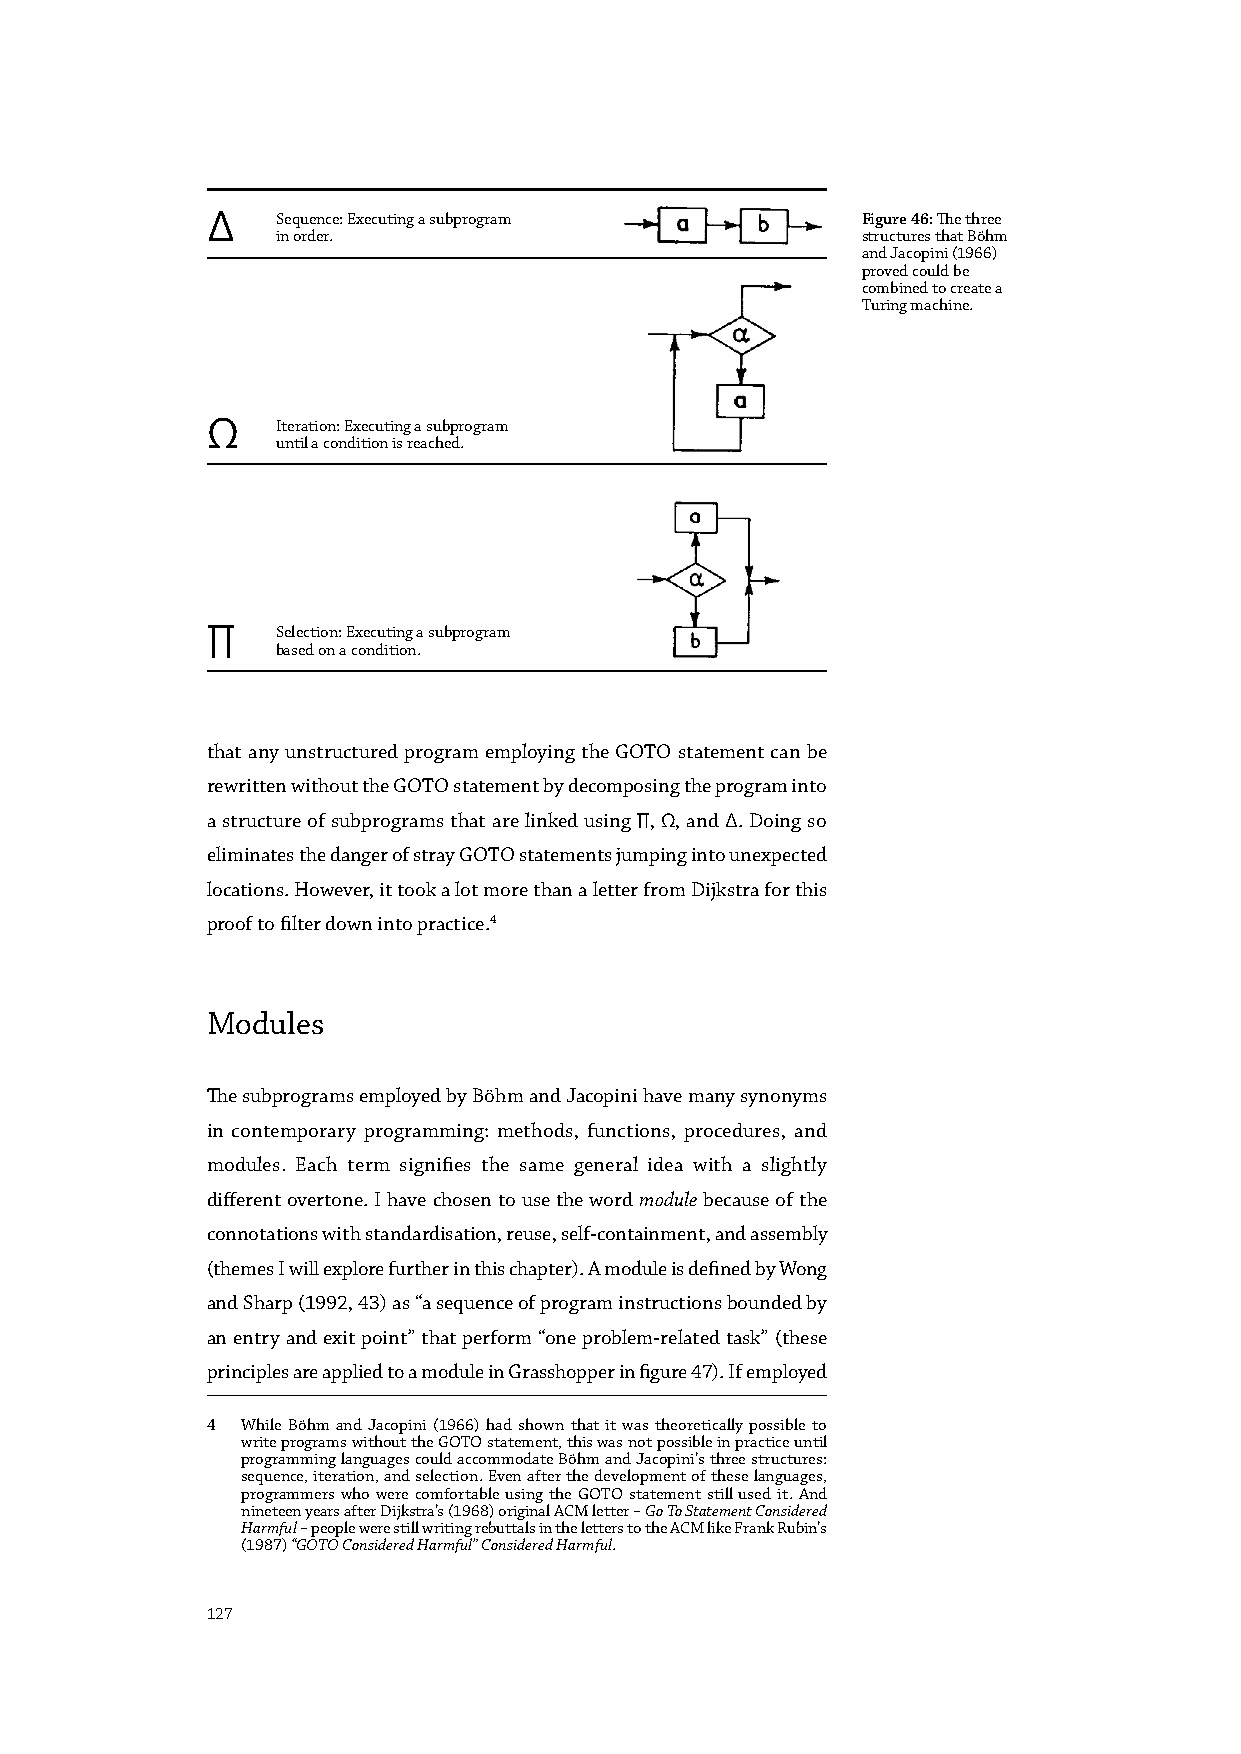
∆   Sequence: Executing a subprogram       Figure 46: The three
 in order.                              structures that Böhm
 and Jacopini (1966)
 proved could be
 combined to create a
 Turing machine.
 Ω   Iteration: Executing a subprogram
 until a condition is reached.
 ∏   Selection: Executing a subprogram
 based on a condition.
 that any unstructured program employing the GOTO statement can be
 rewritten without the GOTO statement by decomposing the program into
 a structure of subprograms that are linked using ∏, Ω, and ∆. Doing so
 eliminates the danger of stray GOTO statements jumping into unexpected
 locations. However, it took a lot more than a letter from Dijkstra for this
 proof to filter down into practice.4
 Modules
 The subprograms employed by Böhm and Jacopini have many synonyms
 in contemporary programming: methods, functions, procedures, and
 modules. Each term signifies the same general idea with a slightly
 different overtone. I have chosen to use the word module because of the
 connotations with standardisation, reuse, self-containment, and assembly
 (themes I will explore further in this chapter). A module is defined by Wong
 and Sharp (1992, 43) as “a sequence of program instructions bounded by
 an entry and exit point” that perform “one problem-related task” (these
 principles are applied to a module in Grasshopper in figure 47). If employed
 4 While Böhm and Jacopini (1966) had shown that it was theoretically possible to
 write programs without the GOTO statement, this was not possible in practice until
 programming languages could accommodate Böhm and Jacopini’s three structures:
 sequence, iteration, and selection. Even after the development of these languages,
 programmers who were comfortable using the GOTO statement still used it. And
 nineteen years after Dijkstra’s (1968) original ACM letter – Go To Statement Considered
 Harmful – people were still writing rebuttals in the letters to the ACM like Frank Rubin’s
 (1987) “GOTO Considered Harmful” Considered Harmful.
 127